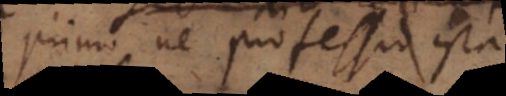
primo ne professio ista